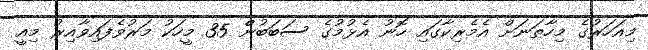
މިއަހަރުގެ މިހާތަނަށް އެމެރިކާގައި ހޮނު އެޅުމުގެ ސަބަބުންް 35 މީހަކު މަރުވެފައިވާއިރު މިއީ